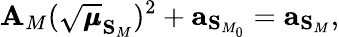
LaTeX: \mathbf{A}_{M}(\sqrt{\pmb{\mu}}_{\mathbf{S}_{M}})^{2}+\mathbf{a}_{\mathbf{S}_{M_{0}}}=\mathbf{a}_{\mathbf{S}_{M}},